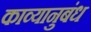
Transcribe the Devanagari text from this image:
काव्यानुबंध